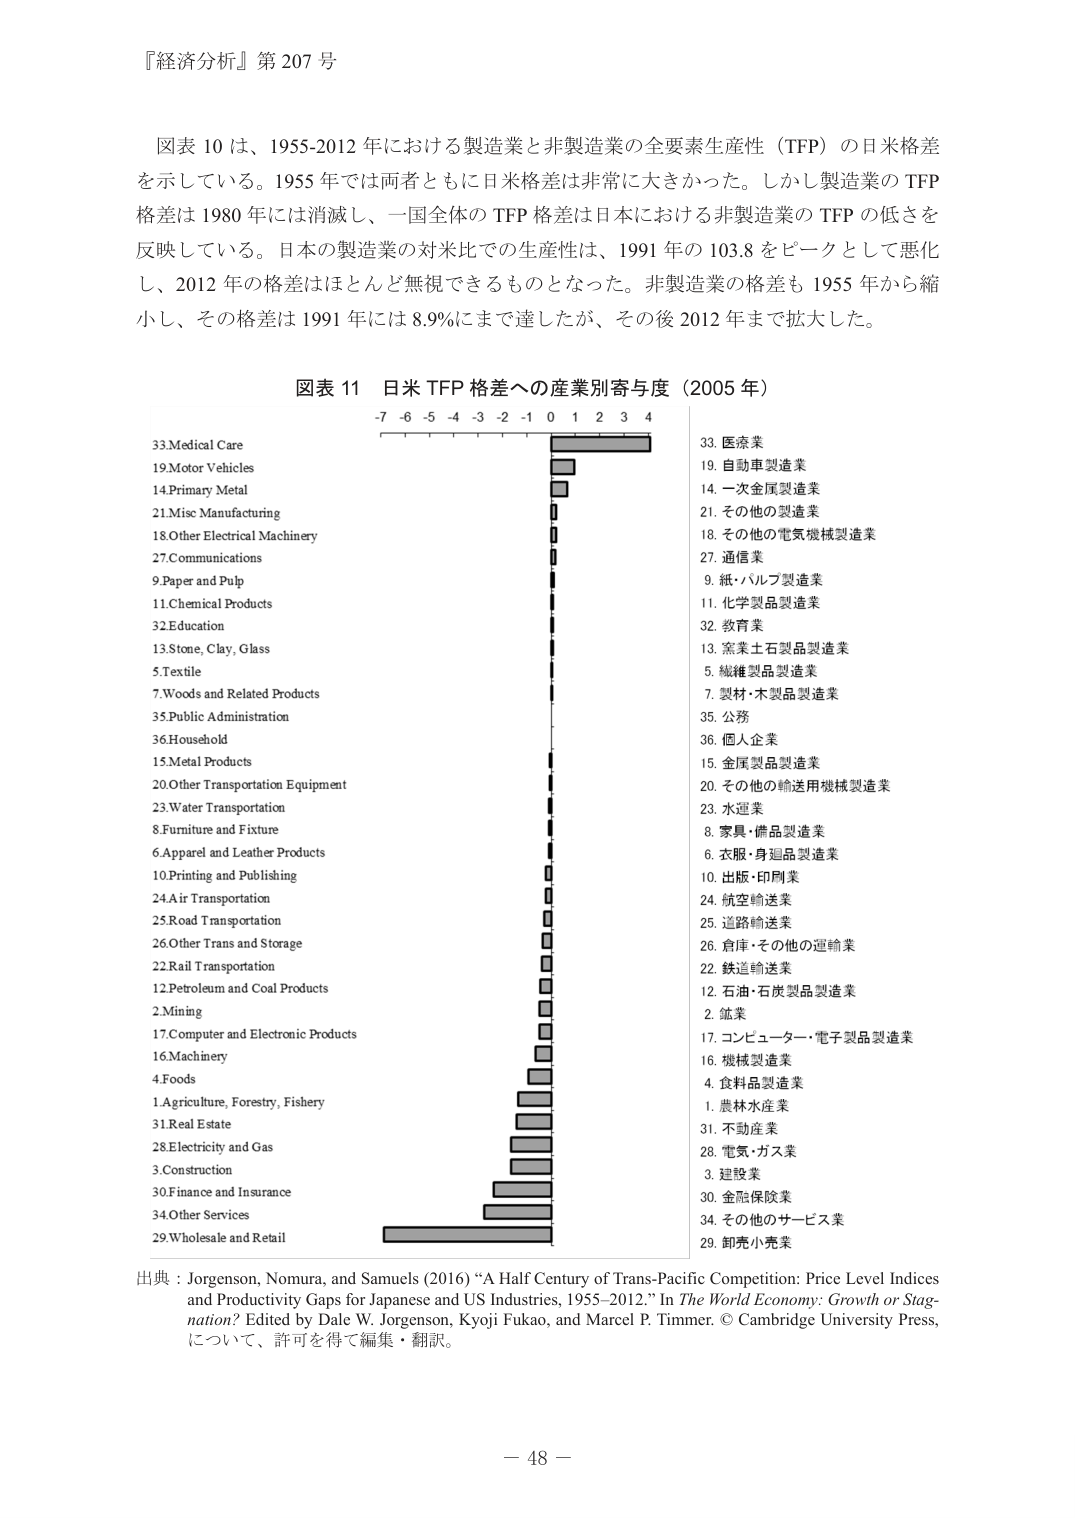
『経済分析』第 207 号

図表 10 は、1955-2012 年における製造業と非製造業の全要素生産性（TFP）の日米格差を示している。1955 年では両者ともに日米格差は非常に大きかった。しかし製造業の TFP 格差は 1980 年には消滅し、一国全体の TFP 格差は日本における非製造業の TFP の低さを反映している。日本の製造業の対米比での生産性は、1991 年の 103.8 をピークとして悪化し、2012 年の格差はほとんど無視できるものとなった。非製造業の格差も 1955 年から縮小し、その格差は 1991 年には 8.9%にまで達したが、その後 2012 年まで拡大した。

図表 11 日米 TFP 格差への産業別寄与度（2005 年）
-7 -6 -5 -4 -3 -2 -1 0 1 2 3 4

33. Medical Care
19. Motor Vehicles
14. Primary Metal
21. Misc Manufacturing
18. Other Electrical Machinery
27. Communications
9. Paper and Pulp
11. Chemical Products
32. Education
13. Stone, Clay, Glass
5. Textile
7. Woods and Related Products
35. Public Administration
36. Household
15. Metal Products
20. Other Transportation Equipment
23. Water Transportation
8. Furniture and Fixture
6. Apparel and Leather Products
10. Printing and Publishing
24. Air Transportation
25. Road Transportation
26. Other Trans and Storage
22. Rail Transportation
12. Petroleum and Coal Products
2. Mining
17. Computer and Electronic Products
16. Machinery
4. Foods
1. Agriculture, Forestry, Fishery
31. Real Estate
28. Electricity and Gas
3. Construction
30. Finance and Insurance
34. Other Services
29. Wholesale and Retail

33. 医療業
19. 自動車製造業
14. 一次金属製造業
21. その他の製造業
18. その他の電気機械製造業
27. 通信業
9. 紙・パルプ製造業
11. 化学製品製造業
32. 教育業
13. 窯業土石製品製造業
5. 繊維製品製造業
7. 製材・木製品製造業
35. 公務
36. 個人企業
15. 金属製品製造業
20. その他の輸送用機械製造業
23. 水運業
8. 家具・備品製造業
6. 衣服・身延品製造業
10. 出版・印刷業
24. 航空輸送業
25. 道路輸送業
26. 倉庫・その他の運輸業
22. 鉄道輸送業
12. 石油・石炭製品製造業
2. 鉱業
17. コンピューター・電子製品製造業
16. 機械製造業
4. 食料品製造業
1. 農林水産業
31. 不動産業
28. 電気・ガス業
3. 建設業
30. 金融保険業
34. その他のサービス業
29. 卸売小売業

出典：Jorgenson, Nomura, and Samuels (2016) “A Half Century of Trans-Pacific Competition: Price Level Indices and Productivity Gaps for Japanese and US Industries, 1955–2012.” In The World Economy: Growth or Stagnation? Edited by Dale W. Jorgenson, Kyoji Fukao, and Marcel P. Timmer. © Cambridge University Press, について、許可を得て編集・翻訳。

－ 48 －